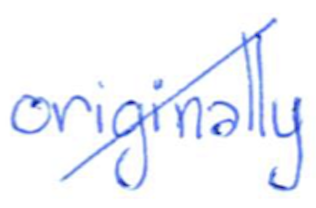
Text: originally
Cross-out: mix
Writing tool: ballpoint